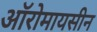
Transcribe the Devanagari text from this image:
ऑरोमायसीन